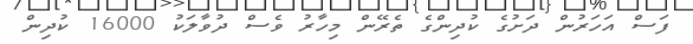
ފަސް އަހަރުން ދަށުގެ ކުދިންގެ ތެރޭން މިހާރު ވެސް ދުވާލަކު 16000 ކުދިން